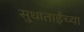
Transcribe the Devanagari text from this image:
सुधाताईंच्या